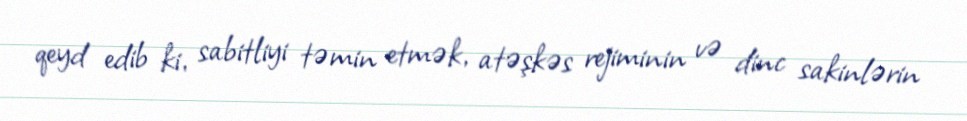
qeyd edib ki, sabitliyi təmin etmək, atəşkəs rejiminin və dinc sakinlərin